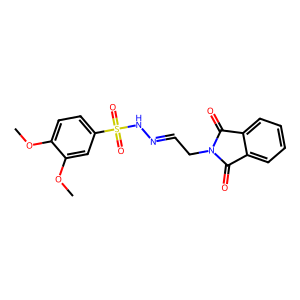
SMILES: COc1ccc(S(=O)(=O)NN=CCN2C(=O)c3ccccc3C2=O)cc1OC
Inhibits HIV replication: No